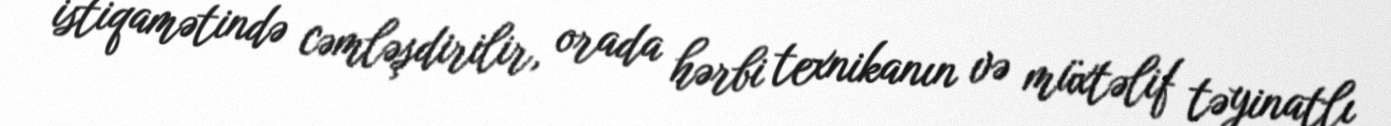
istiqamətində cəmləşdirilir, orada hərbi texnikanın və müxtəlif təyinatlı